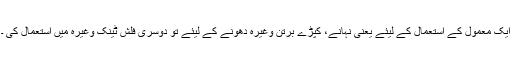
ایک معمول کے استعمال کے لیئے یعنی نہانے، کپڑے برتن وغیرہ دھونے کے لیئے تو دوسری فلش ٹینک وغیرہ میں استعمال کی ۔